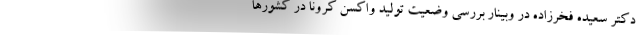
دکتر سعیده فخرزاده در وبینار بررسی وضعیت تولید واکسن کرونا در کشورها